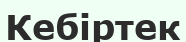
Кебіртек